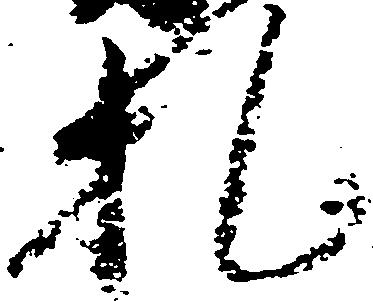
札